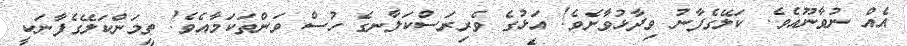
އެއް ނުވާނޫއެވެ. ކަލޭގެފާނު ވިދާޅުވާށެވެ! އަޅުގެ ވެރިރަސްކަލާނގެ ހުސް ވަންތަކަމާއެވެ! ތިމަންކަލޭގެފާނަކީ